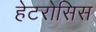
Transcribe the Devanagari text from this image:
हेटरोसिस